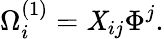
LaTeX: \Omega_{i}^{(1)}=\mathit{X}_{ij}\Phi^{j}.